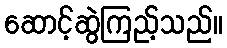
ဆောင့်ဆွဲကြည့်သည်။